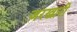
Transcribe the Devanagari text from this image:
जरखारी